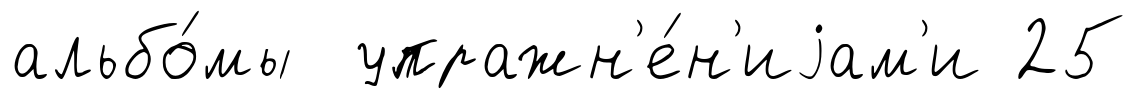
альбо́мы упражн'е́н'иjам'и 25